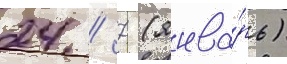
24 / 7 (янва́рь)